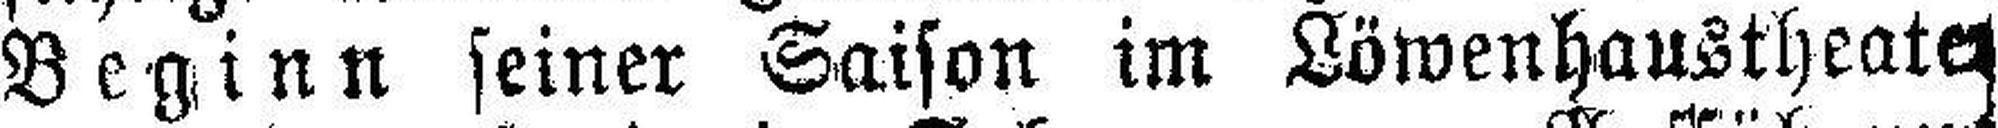
Beginn seiner Saison im Löwenhaustheater